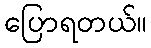
ပြောရတယ်။